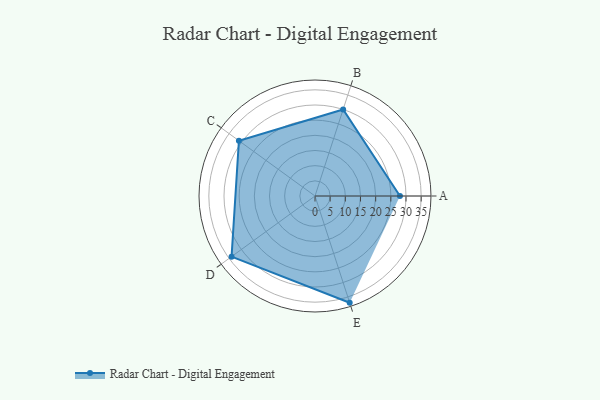
{"axis": {"x": "Skill", "y": "Score"}, "legend": ["Profile"], "data": [{"x": "A", "y": 28.0, "type": "Profile"}, {"x": "B", "y": 30.0, "type": "Profile"}, {"x": "C", "y": 31.0, "type": "Profile"}, {"x": "D", "y": 34.0, "type": "Profile"}, {"x": "E", "y": 37.0, "type": "Profile"}]}